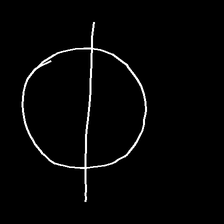
Glyph: orb